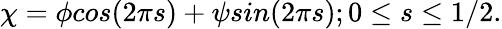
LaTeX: \chi=\phi cos(2\pi s)+\psi sin(2\pi s);0\leq s\leq 1/2.